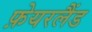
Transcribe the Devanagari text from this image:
फ़ेयरलैंड